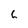
Character: 6